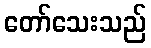
တော်သေးသည်